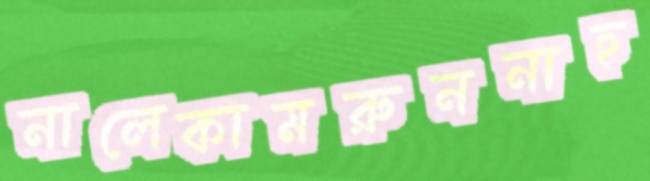
নালেকামরুননাহ